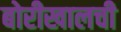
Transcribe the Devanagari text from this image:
बोरीखालची